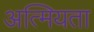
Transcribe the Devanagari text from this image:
अत्मियता